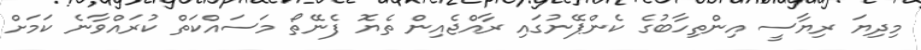
މިދިޔަ ރިޔާސީ އިންތިހާބުގެ ކެންޕޭނުގައި ރާއްޖެއިން ތެޔޮ ފެނޭތޯ މަސައްކަތް ކުރައްވާނެ ކަމަށް